Indian Civil Veterinary Department memoirs
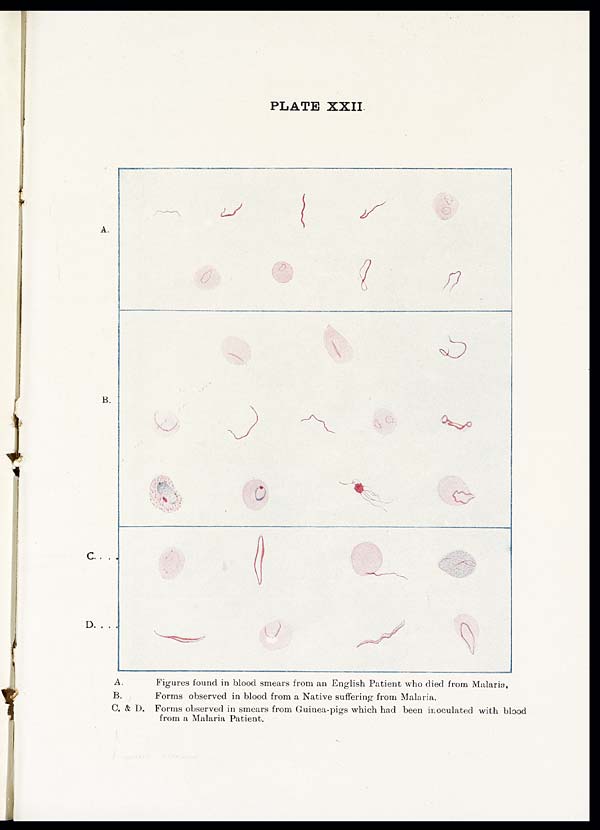
PLATE XXII
A.
Figures found in blood smears from an English Patient who died from Malaria,
B.
Forms observed in blood from a Native suffering from Malaria.
C. & D. Forms observed in smears from Guinea-pigs which had been inoculated with blood
from a Malaria Patient.